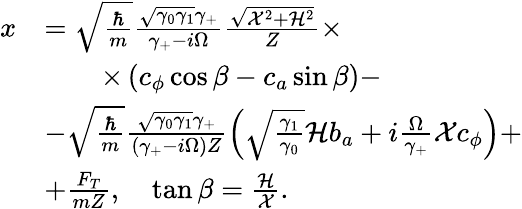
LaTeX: \begin{array}{rl}{x}&{=\sqrt{\frac{\hbar}{m}}\frac{\sqrt{\gamma_{0}\gamma_{1}}\gamma_{+}}{\gamma_{+}-i\Omega}\frac{\sqrt{\mathcal{X}^{2}+\mathcal{H}^{2}}}{Z}\times}\\ &{\qquad\times\left(c_{\phi}\cos\beta-c_{a}\sin\beta\right)-}\\ &{-\sqrt{\frac{\hbar}{m}}\frac{\sqrt{\gamma_{0}\gamma_{1}}\gamma_{+}}{(\gamma_{+}-i\Omega)Z}\left(\sqrt{\frac{\gamma_{1}}{\gamma_{0}}}\mathcal{H}b_{a}+i\frac{\Omega}{\gamma_{+}}\mathcal{X}c_{\phi}\right)+}\\ &{+\frac{F_{T}}{mZ},\quad\tan\beta=\frac{\mathcal{H}}{\mathcal{X}}.}\end{array}